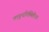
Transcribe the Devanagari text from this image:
वाङ्मयनिर्मितीचा